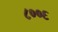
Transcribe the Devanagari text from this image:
८००६